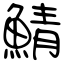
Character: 鯖